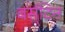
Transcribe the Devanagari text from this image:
बर्सटिन